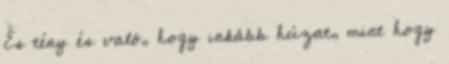
És tény és való, hogy inkább húzat, mint hogy